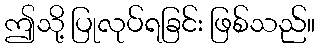
ဤသို့ ပြုလုပ်ရခြင်း ဖြစ်သည်။